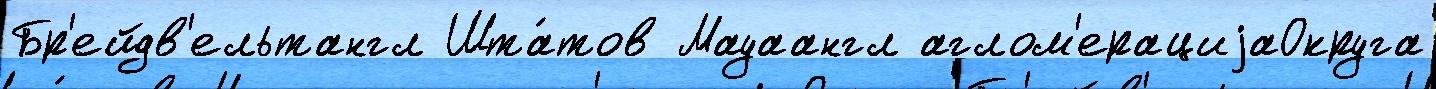
Бр'ейдв'ельтангл Шта́тов Мауаангл аглом'ерациjаОкруга